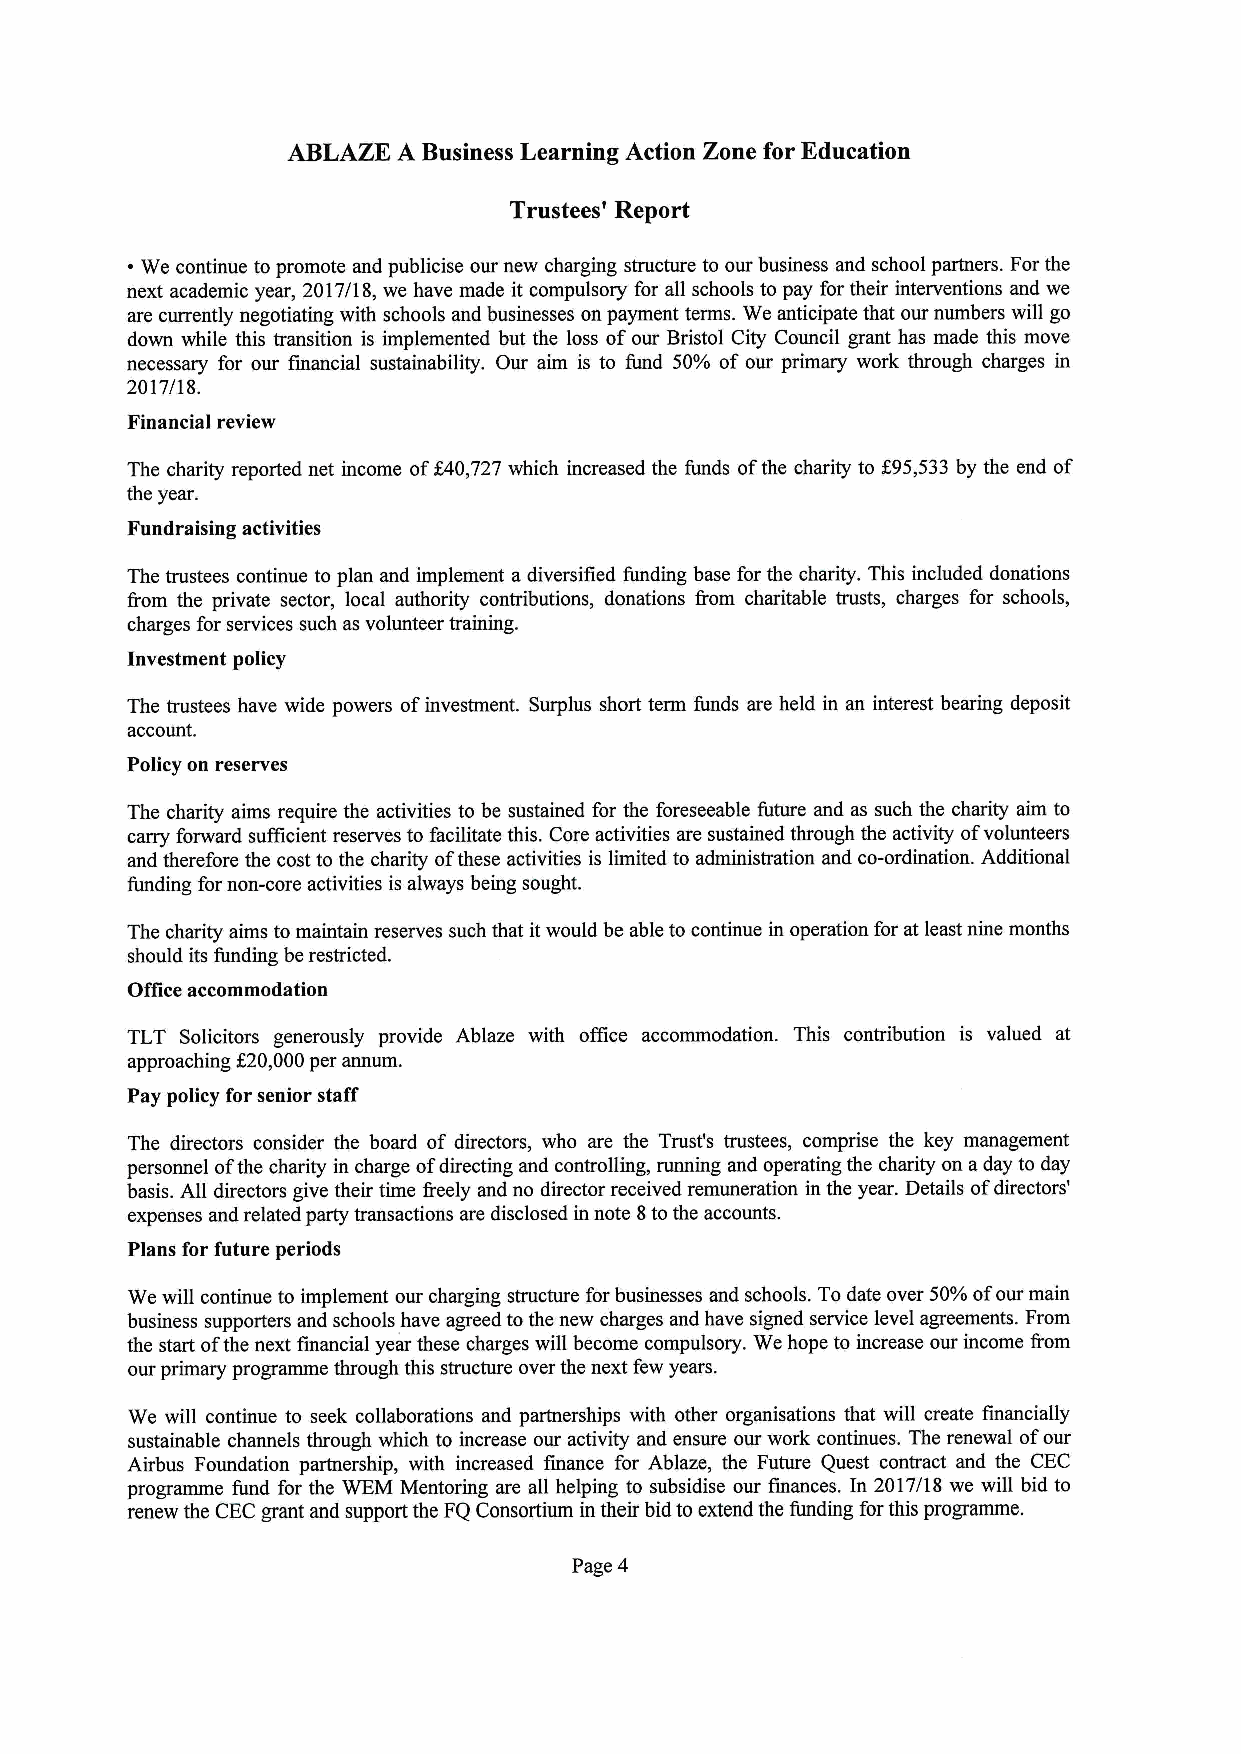
ABLAZE A Business Learning Action Zone for Education
 Trustees' Report
 ~ We continue to promote and publicise our new charging structure to our business and school partners. For the
 next academic year, 2017/18, we have made it compulsory for all schools to pay for their interventions and we
 are currently negotiating with schools and businesses on payment terms. We anticipate that our numbers will go
 down while this transition is implemented but the loss ofour Bristol City Council grant has made this move
 necessary for our financial sustainability. Our aim is to fund 50% of our primary work through charges in
 2017/18.
 Financial review
 The charity reported net income off40,727 which increased the funds ofthe charity to K95,533 by the end of
 the year.
 Fundraising activities
 The trustees continue to plan and implement adiversified funding base for the charity. This included donations
 from the private sector, local authority contributions, donations Rom charitable trusts, charges for schools,
 charges for services such as volunteer training.
 Investment policy
 The trustees have wide powers ofinvestment. Surplus short term funds are held in an interest bearing deposit
 account.
 Policy on reserves
 The charity aims require the activities to be sustained for the foreseeable future and as such the charity aim to
 carry forward sufficient reserves to facilitate this. Core activities are sustained through the activity ofvolunteers
 and therefore the cost to the charity ofthese activities is limited to administration and co-ordination. Additional
 funding for non-core activities is always being sought.
 The charity aims to maintain reserves such that it would be able to continue in operation for at least nine months
 should its funding be restricted.
 Office accommodation
 TLT Solicitors generously provide Ablaze with office accommodation. This contribution is valued at
 approaching $20,000per annum.
 Pay policy for senior staff
 The directors consider the board of directors, who are the Trust's trustees, comprise the key management
 personnel ofthe charity in charge ofdirecting and controlling, running and operating the charity on aday to day
 basis. All directors give their time &eely and no director received remuneration in the year. Details ofdirectors'
 expenses and related party transactions are disclosed in note 8tothe accounts.
 Plans for future periods
 We will continue to implement our charging structure for businesses and schools. Todate over 50%ofour main
 business supporters and schools have agreed to the new charges and have signed service level agreements. From
 the start ofthe next financial year these charges will become compulsory. We hope to increase our income Rom
 our primary programme through this structure over the next few years.
 We will continue to seek collaborations and partnerships with other organisations that will create financially
 sustainable channels through which to increase our activity and ensure our work continues. The renewal ofour
 Airbus Foundation partnership, with increased finance for Ablaze, the Future Quest contract and the CEC
 programme fund for the WEM Mentoring are all helping to subsidise our finances. In 2017/18 we will bid to
 renew the CEC grant and support the FQ Consortium in their bid to extend the funding for this programme.
 Page 4